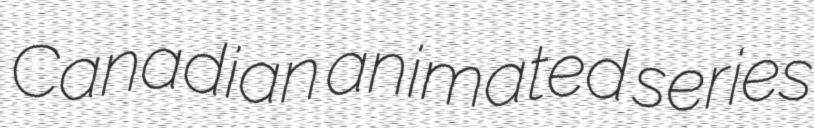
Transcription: Canadian animated series